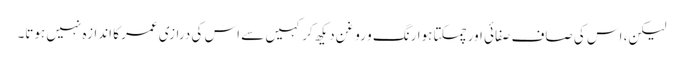
لیکن، اس کی صاف صفائی اور چمکتا ہوا رنگ و روغن دیکھ کر کہیں سے اس کی درازی عمر کا اندازہ نہیں ہوتا۔